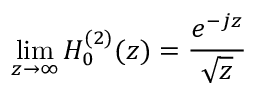
\operatorname* { l i m } _ { z \rightarrow \infty } H _ { 0 } ^ { ( 2 ) } ( z ) = \frac { e ^ { - j z } } { \sqrt { z } }